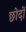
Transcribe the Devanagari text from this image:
छोदों